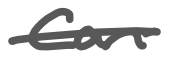
Text: can
Cross-out: single-line
Writing tool: digital_gray